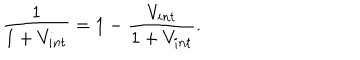
LaTeX: \frac { 1 } { 1 + V _ { i n t } } = 1 - \frac { V _ { i n t } } { 1 + V _ { i n t } } .